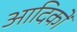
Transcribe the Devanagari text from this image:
आदिकों